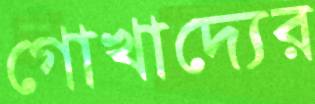
গোখাদ্যের